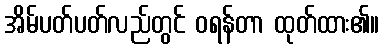
အိမ်ပတ်ပတ်လည်တွင် ဝရန်တာ ထုတ်ထား၏။